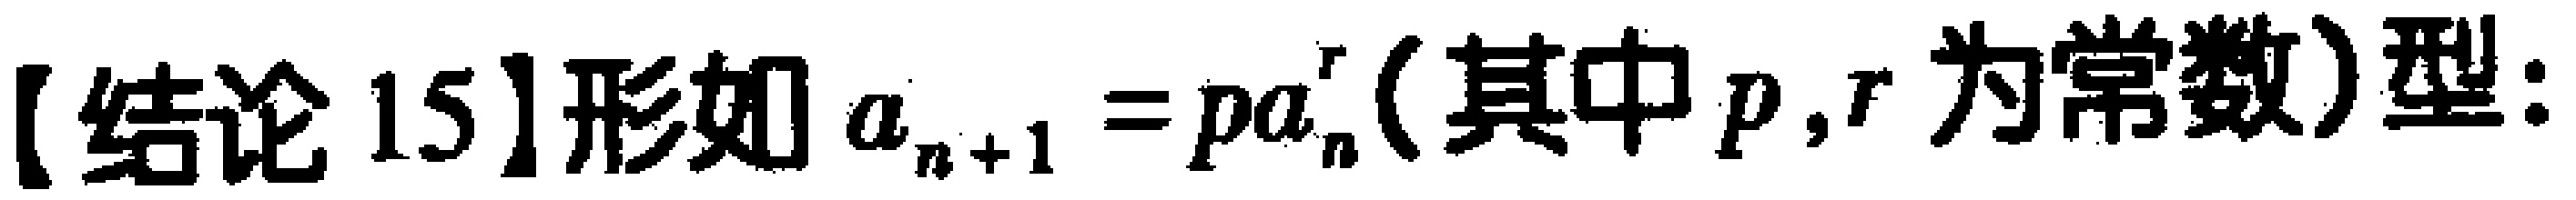
【结论 15】形如 \(a_{n + 1} = pa_{n}^{r}\)（其中 \(p,r\) 为常数）型：